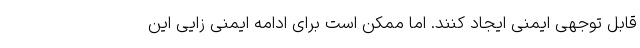
قابل توجهی ایمنی ایجاد کنند. اما ممکن است برای ادامه ایمنی زایی این